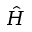
\hat { H }